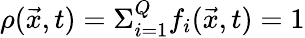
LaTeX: \rho(\vec{x},t)=\Sigma_{i=1}^{Q}f_{i}(\vec{x},t)=1